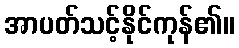
အာပတ်သင့်နိုင်ကုန်၏။